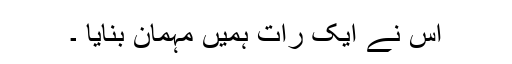
اس نے ایک رات ہمیں مہمان بنایا ۔